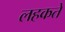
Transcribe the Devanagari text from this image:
लहकते